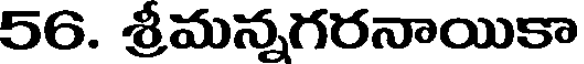
56. శ్రీమన్నగరనాయికా